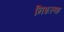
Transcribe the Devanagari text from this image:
निशल्क